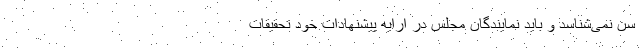
سن نمی‌شناسد و باید نمایندگان مجلس در ارایه پیشنهادات خود تحقیقات